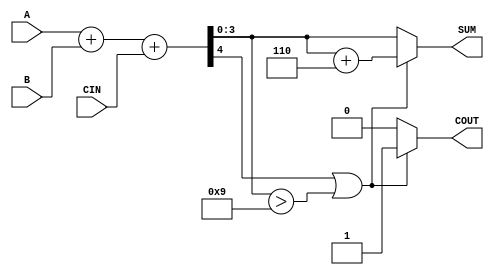
module BCD_Conditional_Adder (
    input [3:0] A,       // First BCD operand
    input [3:0] B,       // Second BCD operand
    input CIN,           // Carry input
    output reg [3:0] SUM, // BCD sum output
    output reg COUT      // Carry output
);
    
    wire [4:0] S;        // Intermediate sum (5 bits to accommodate carry)
    
    // Step 1: Binary addition of A, B, and CIN
    assign S = A + B + CIN;

    // Step 2: Check for BCD correction
    always @(*) begin
        if (S[4] || (S[3:0] > 4'b1001)) begin
            // Step 3: Apply correction by adding 6 (0110)
            SUM = S[3:0] + 4'b0110;
            COUT = 1; // Carry out is set if correction is applied
        end else begin
            // No correction needed
            SUM = S[3:0];
            COUT = 0; // No carry out
        end
    end

endmodule